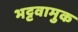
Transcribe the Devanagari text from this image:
भट्टवामुक